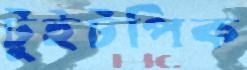
টুইটপিক